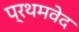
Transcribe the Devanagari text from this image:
प्रथमवेद